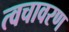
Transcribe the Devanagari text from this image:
त्वचावरण